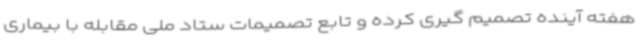
هفته آینده تصمیم گیری کرده و تابع تصمیمات ستاد ملی مقابله با بیماری